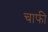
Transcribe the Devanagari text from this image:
चाफी